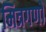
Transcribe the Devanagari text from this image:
मित्रगणों